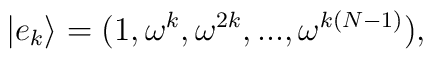
| e_k\rangle =(1,  \omega^k,  \omega^{2k},  ...,\omega^{k(N-1)}),